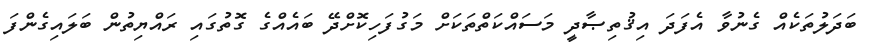
ބަދަލުތަކެއް ގެނުވާ އެފަދަ އިޤުތިޞާދީ މަސައްކަތްތަކަށް މަގުފަހިކޮށްދޭ ބައެއްގެ ގޮތުގައި ރައްޔިތުން ބަލައިގެންފަ